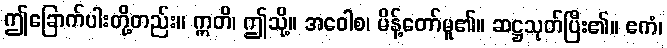
ဤခြောက်ပါးတို့တည်း။ ဣတိ၊ ဤသို့။ အဝေါစ၊ မိန့်တော်မူ၏။ ဆဋ္ဌသုတ်ပြီး၏။ ဧကံ၊